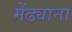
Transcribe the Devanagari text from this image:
मेंढ्याना